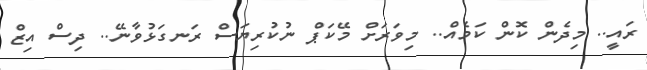
ރައީ.. މިދެން ކޮން ކަމެއް.. މިވަރަށް މޭކަޕް ނުކުރިޔަސް ރަނގަޅުވާނޭ.. ދިސް އިޒް